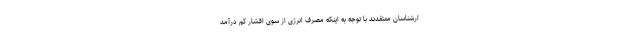
ارشناسان معتقدند با توجه به اینکه مصرف انرژی از سوی اقشار کم درآمد